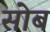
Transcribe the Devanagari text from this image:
सोब